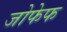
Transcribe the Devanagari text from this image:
जोफेफ